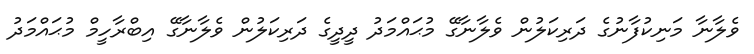
ވެލާނާ މަނިކުފާނުގެ ދަރިކަލުން ވެލާނާގޭ މުޙައްމަދު ދީދީގެ ދަރިކަލުން ވެލާނާގޭ އިބްރާހީމް މުޙައްމަދު